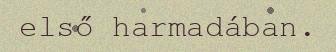
első harmadában.